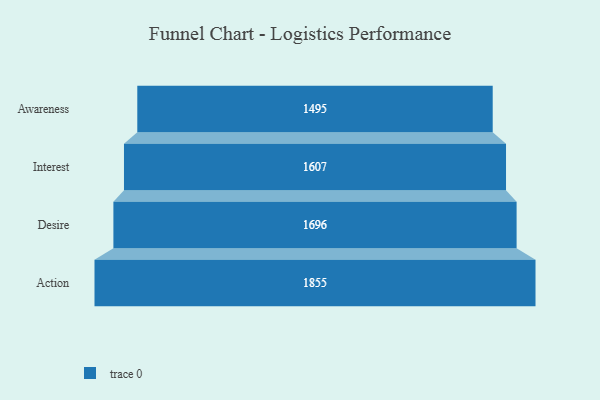
{"axis": {"x": "Stage", "y": "Value"}, "legend": [""], "data": [{"x": "Awareness", "y": 1495.0, "type": ""}, {"x": "Interest", "y": 1607.0, "type": ""}, {"x": "Desire", "y": 1696.0, "type": ""}, {"x": "Action", "y": 1855.0, "type": ""}]}